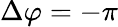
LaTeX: \Delta\varphi=-\pi